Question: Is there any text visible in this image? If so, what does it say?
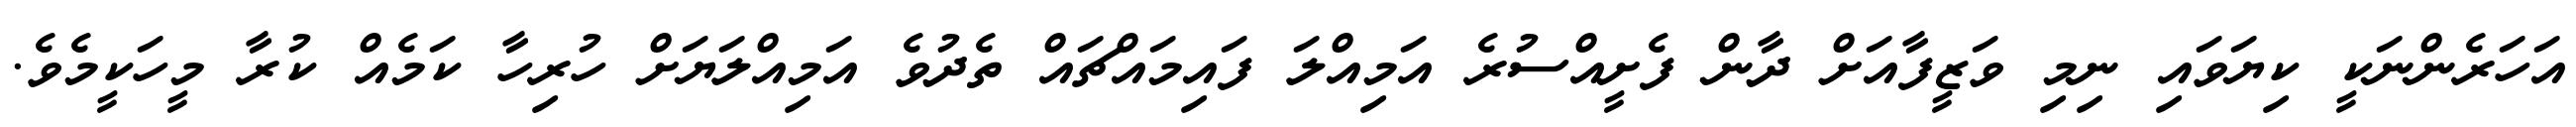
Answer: އަހަރެންނަކީ ކިޔަވައި ނިމި ވަޒީފާއަށް ދާން ފެށީއްސުރެ އަމިއްލަ ފައިމައްޗައް ތެދުވެ އަމިއްލަޔަށް ހުރިހާ ކަމެއް ކުރާ މީހަކީމެވެ.